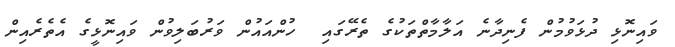
ވައިނޮޅި ދުޅަވުމުން ފެނިދާނެ އަލާމާތްތަކުގެ ތެރޭގައި  ހުންއައުން ވަރުބަލިވުން ވައިނޮޅީގެ އެތެރެއިން